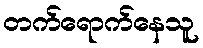
တက်ရောက်နေသူ